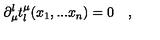
\partial _ { \mu } ^ { l } t _ { l } ^ { \mu } ( x _ { 1 } , . . . x _ { n } ) = 0 \quad , { }